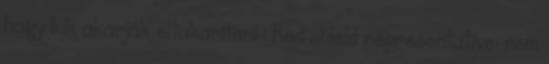
hogy kik akarják eltakarítani : Red shield representatíve: nem